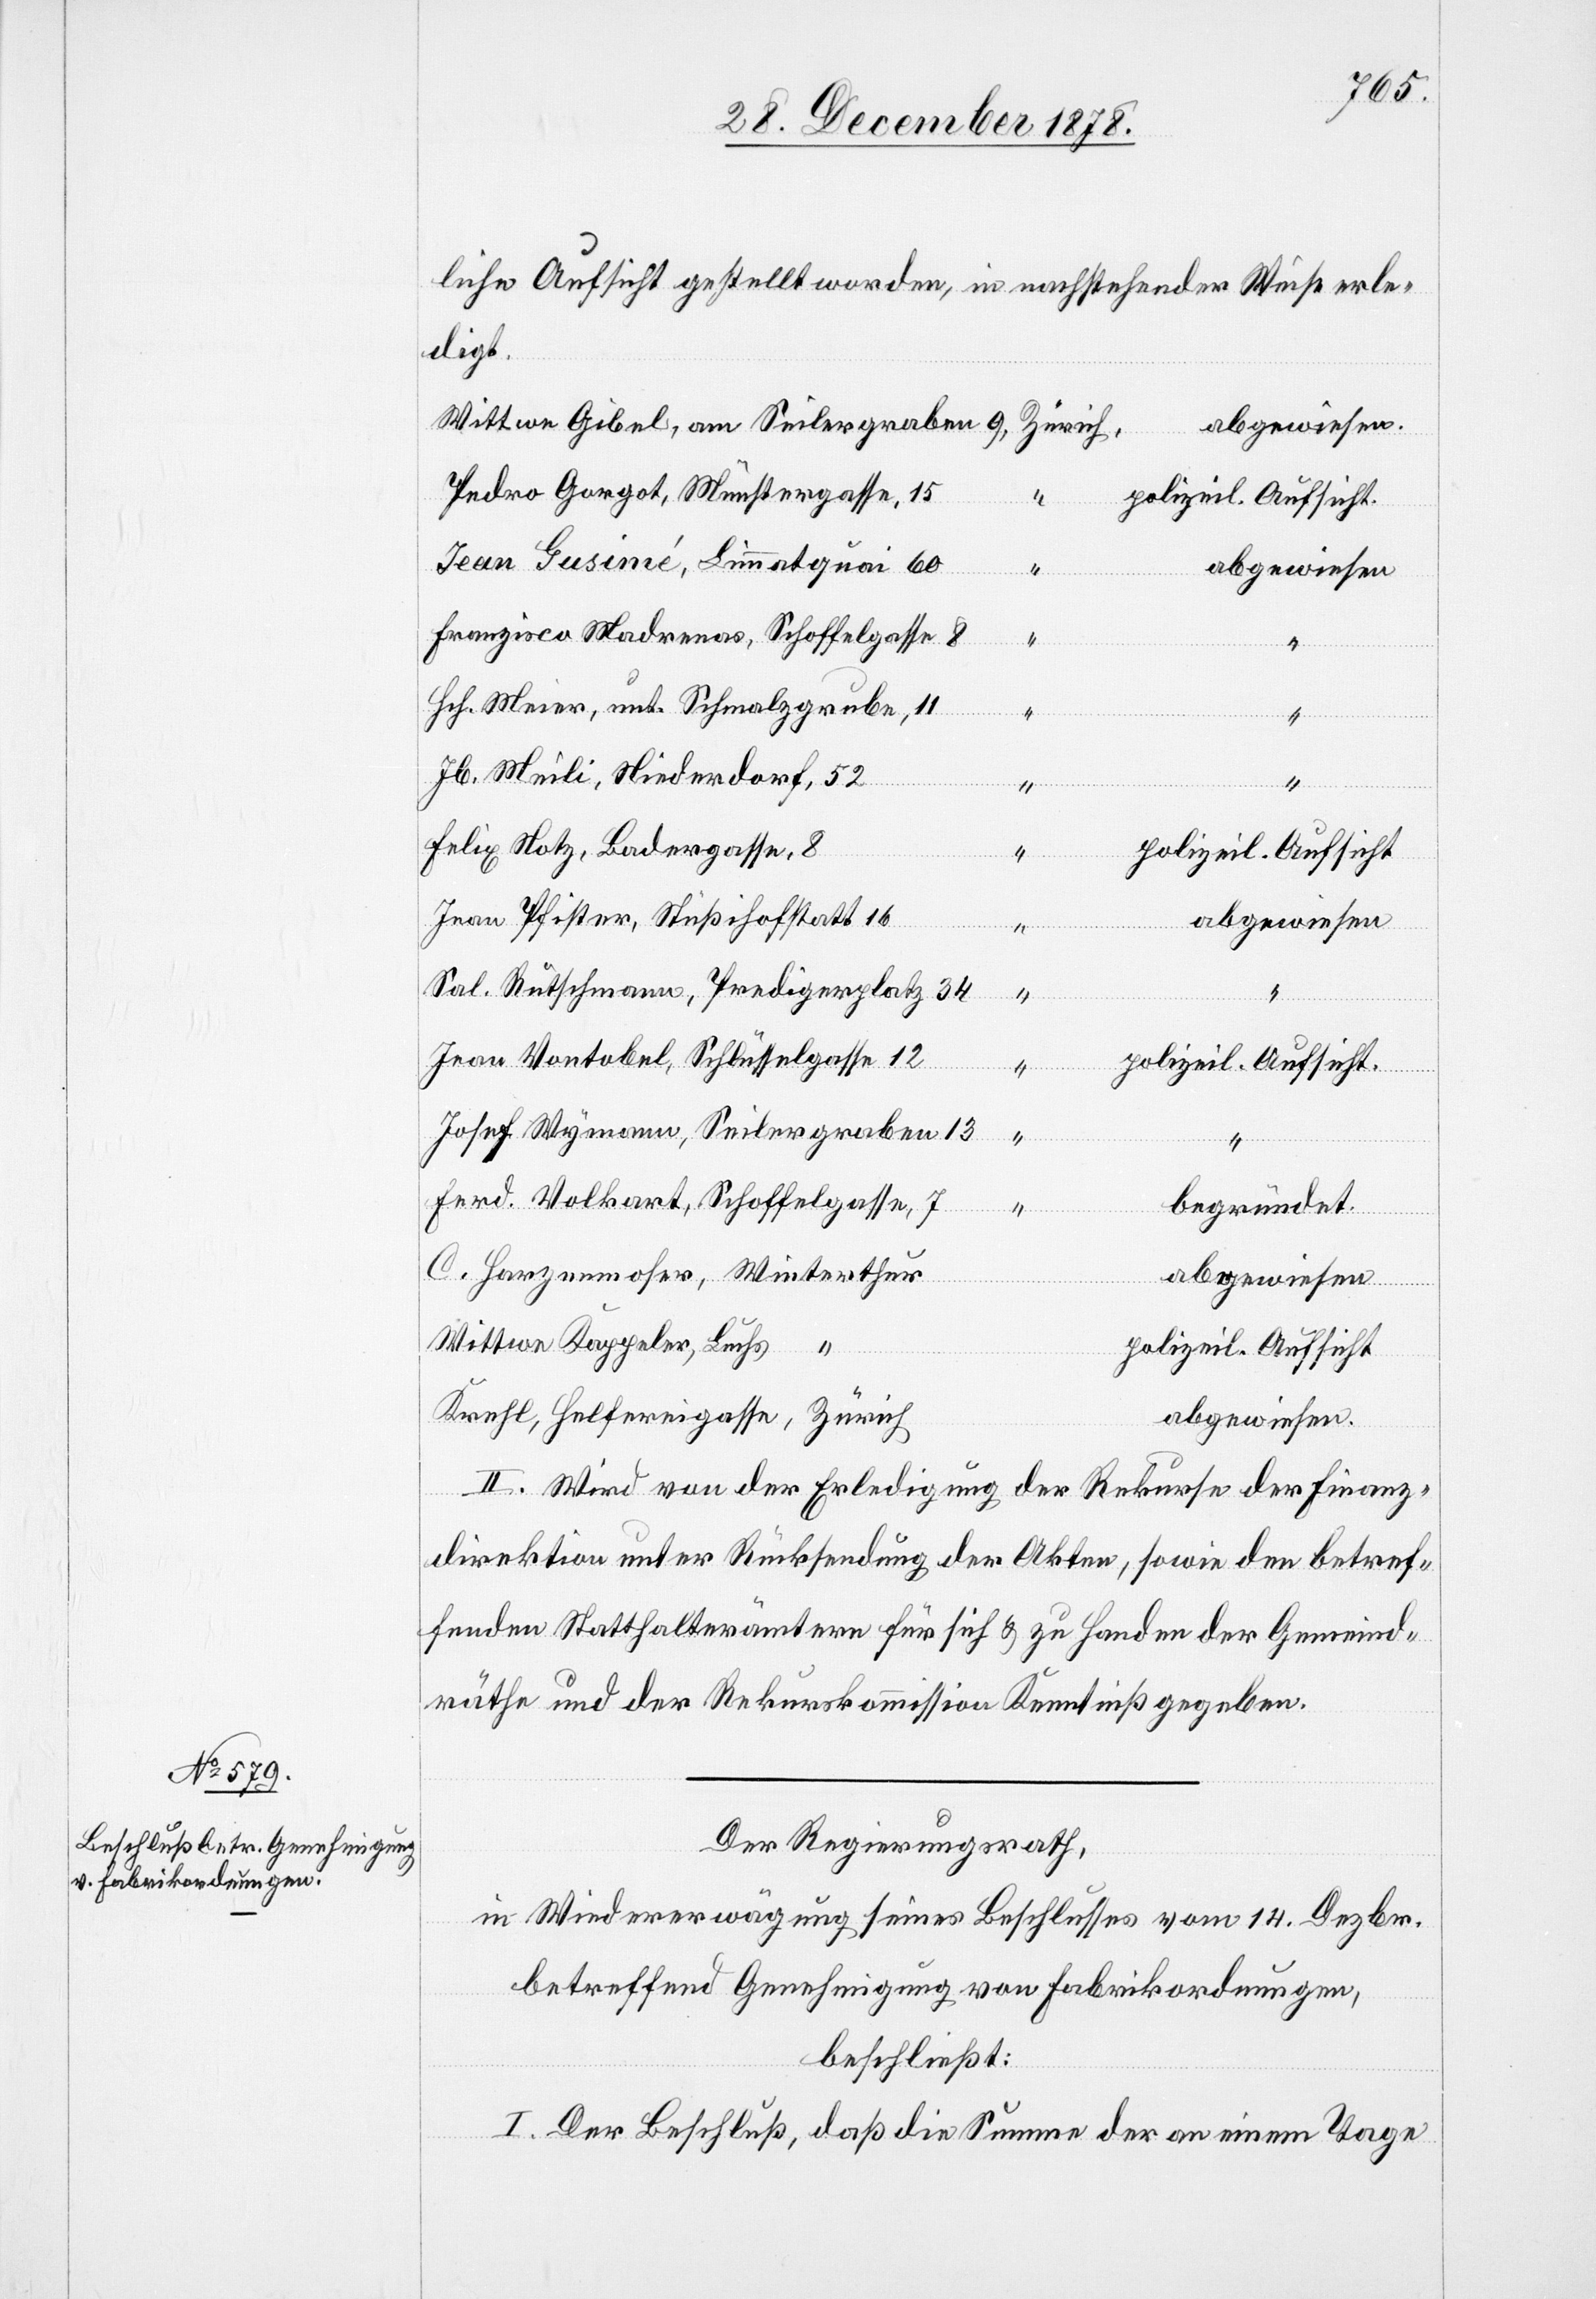
liche Aufsicht gestellt worden, in nachstehender Weise erle¬
digt.
abgewiesen.
Zürich
Pedro Gorgot, Münstergasse, 15
polizeil. Aufsicht.
Jean Gusimé, Limmatquai, 60
“
abgewiesen
Franzisco Madrenas, Schoffelgasse, 8
Hch. Meier, unt. Schmalzgrube, 11
Helferei¬
Jb. Meili, Niederdorf, 52
Felix Notz, Badergasse, 8
polizeil. Aufsicht
Jean Pfister, Stüßihofstatt, 16
abgewiesen
Sal. Rutschmann, Predigerplatz, 34
Jean Vontobel, Schlüsselgasse, 12
gasse,
“
polizeil. Aufsicht.
Josef Wymann, Seilergraben, 13
Ferd. Volkart, Schoffelgasse, 7
“
begründet.
C.
abgewiesen
am
Wittwe Kappeler, Luchs
“
polizeil. Aufsicht
abgewiesen.
II. Wird von der Erledigung der Rekurse der Finanz¬
direktion unter Rücksendung der Akten, sowie den betref¬
fenden Statthalterämtern für sich & zu Handen der Gemeind¬
räthe und der Rekurskommission Kenntniß gegeben.
Der Regierungsrath,
in Wiedererwägung seines Beschlusses vom 14. Dezbr.
betreffend Genehmigung von Fabrikordnungen,
beschließt:
I. Der Beschluß, daß die Summe der an einem Tage